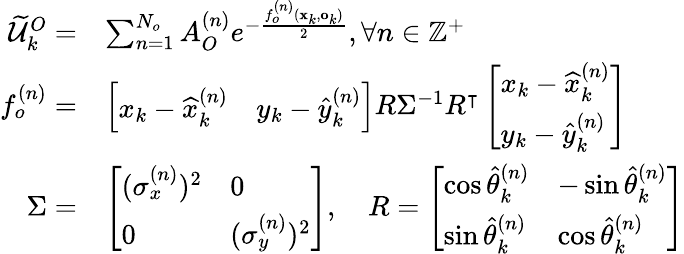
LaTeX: \begin{array}{rl}{\widetilde{\mathcal{U}}_{k}^{O}=}&{\sum_{n=1}^{N_{o}}A_{O}^{(n)}e^{-\frac{f_{o}^{(n)}(\mathbf{x}_{k},\mathbf{o}_{k})}{2}},\forall n\in\mathbb{Z}^{+}}\\ {f_{o}^{(n)}=}&{\left[\begin{array}{ll}{x_{k}-\widehat{x}_{k}^{(n)}}&{y_{k}-\widehat{y}_{k}^{(n)}}\end{array}\right]R\Sigma^{-1}R^{\intercal}\left[\begin{array}{l}{x_{k}-\widehat{x}_{k}^{(n)}}\\ {y_{k}-\widehat{y}_{k}^{(n)}}\end{array}\right]}\\ {\Sigma=}&{\left[\begin{array}{ll}{{(\sigma_{x}^{(n)})^{2}}}&{0}\\ {0}&{{(\sigma_{y}^{(n)})^{2}}}\end{array}\right],\quad R=\left[\begin{array}{ll}{\cos\widehat{\theta}_{k}^{(n)}}&{-\sin\widehat{\theta}_{k}^{(n)}}\\ {\sin\widehat{\theta}_{k}^{(n)}}&{\cos\widehat{\theta}_{k}^{(n)}}\end{array}\right]}\end{array}